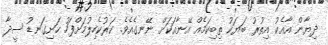
ދިޔާން އާއެކު އިތުރު ބަޔަކު ތިބިކަމެއް އޭނާއަކަށް ނޭނގެއެވެ. ކަރުކެހިލުމަށްފަހު ހަށިގަނޑު ސީދާ